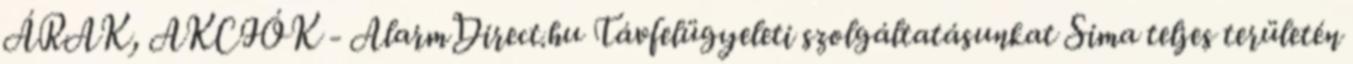
ÁRAK, AKCIÓK - AlarmDirect.hu Távfelügyeleti szolgáltatásunkat Sima teljes területén